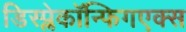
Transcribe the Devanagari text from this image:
डिस्प्लेकॉन्फिगएक्स